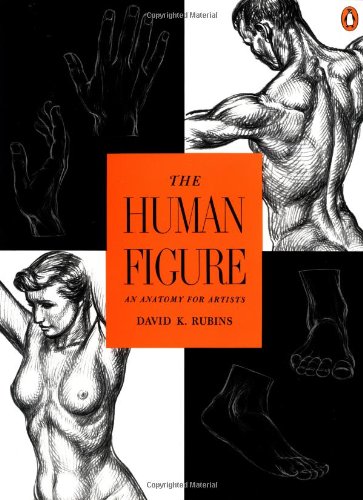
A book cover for The Human Figure: An Anatomy for Artists; David K. Rubins; Arts & Photography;